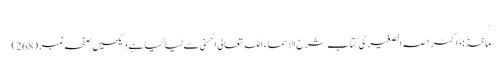
.
ماخذ: ڈاکٹر حصہ الصغیر کی کتاب شرح الاسماء اللہ تعالی الحسنی سے لیا گیا ہے دیکھیں صفحہ نمبر (268)